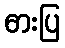
ဓားပြ